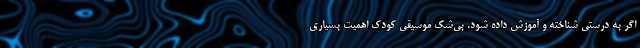
اگر به درستی شناخته و آموزش داده شود. بی‌شک موسیقی کودک اهمیت بسیاری